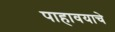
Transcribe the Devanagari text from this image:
पाहावयाचे